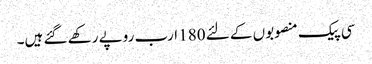
سی پیک منصوبوں کے لئے 180 ارب روپے رکھے گئے ہیں۔